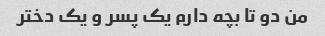
من دو تا بچه دارم یک پسر و یک دختر